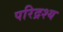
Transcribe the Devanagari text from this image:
परिद्रश्य